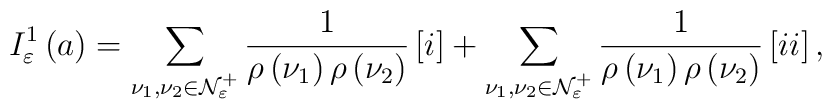
I_{\varepsilon }^{1}\left( a\right) =\sum\limits_{\nu _{1},\nu _{2}\in {\cal N}_{\varepsilon }^{+}}\frac{1}{\rho \left( \nu _{1}\right) \rho \left( \nu_{2}\right) }\left[ {\LARGE i}\right] +\sum\limits_{\nu _{1},\nu _{2}\in {\cal N}_{\varepsilon }^{+}}\frac{1}{\rho \left( \nu _{1}\right) \rho \left(\nu _{2}\right) }\left[ {\Large ii}\right] ,